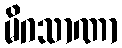
မိဂသာဏာ